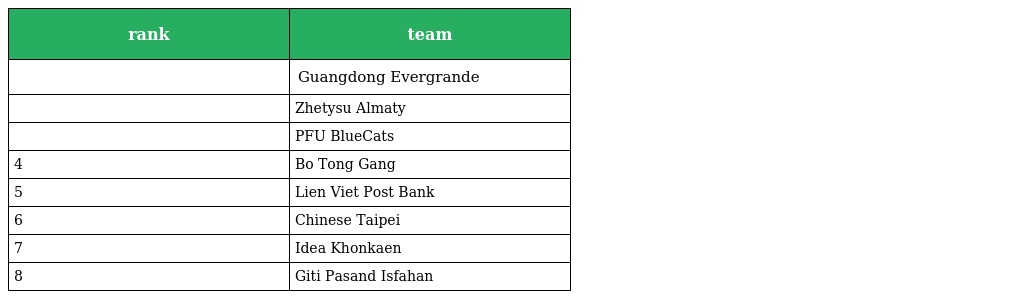
| rank | team |
 | --- | --- |
 |  | Guangdong Evergrande |
 |  | Zhetysu Almaty |
 |  | PFU BlueCats |
 | 4 | Bo Tong Gang |
 | 5 | Lien Viet Post Bank |
 | 6 | Chinese Taipei |
 | 7 | Idea Khonkaen |
 | 8 | Giti Pasand Isfahan |